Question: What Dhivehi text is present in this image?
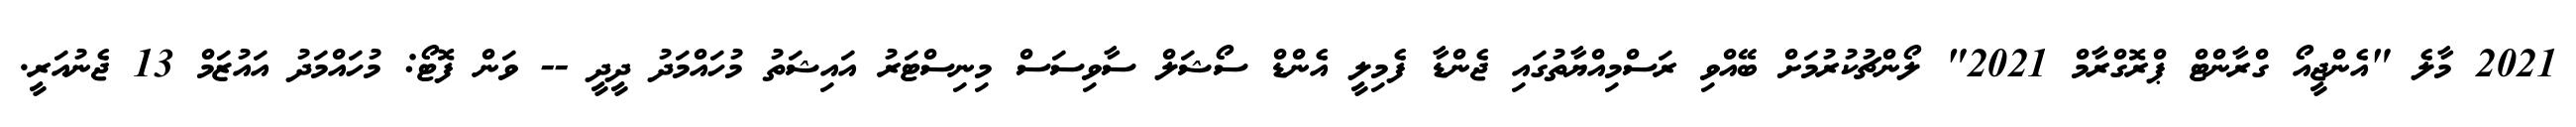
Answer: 2021 މާލެ "އެންޖީއޯ ގްރާންޓް ޕްރޮގްރާމް 2021" ލޯންޗުކުރުމަށް ބޭއްވި ރަސްމިއްޔާތުގައި ޖެންޑާ ފެމިލީ އެންޑް ސޯޝަލް ސާވިސަސް މިނިސްޓަރު އައިޝަތު މުހައްމަދު ދީދީ -- ވަން ފޮޓޯ: މުހައްމަދު އައުޒަމް 13 ޖެނުއަރީ.